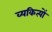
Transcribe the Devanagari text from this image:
व्यकित्यों